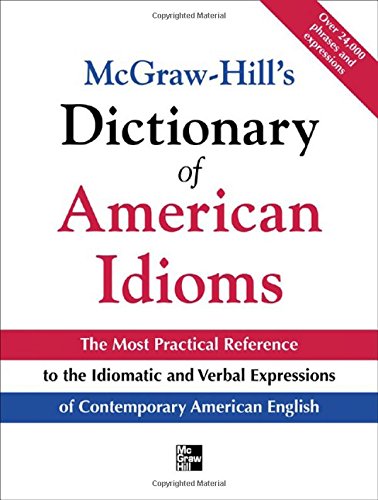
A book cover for McGraw-Hill's Dictionary of American Idioms and Phrasal Verbs; Richard A. Spears; Reference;